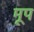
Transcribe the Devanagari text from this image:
मूप